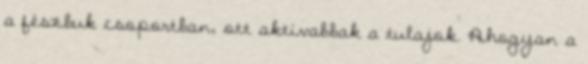
a fészbuk csoportban, ott aktívabbak a tulajok. Ahogyan a